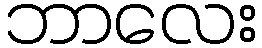
ဘာလေး